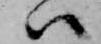
ハ